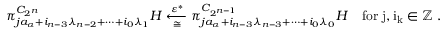
\pi _ { j a _ { \alpha } + i _ { n - 3 } \lambda _ { n - 2 } + \cdots + i _ { 0 } \lambda _ { 1 } } ^ { C _ { 2 ^ { n } } } H \underset { \cong } { \xleftarrow { \varepsilon ^ { * } } } \pi _ { j a _ { \alpha } + i _ { n - 3 } \lambda _ { n - 3 } + \cdots + i _ { 0 } \lambda _ { 0 } } ^ { C _ { 2 ^ { n - 1 } } } H \quad \mathrm { f o r ~ j , i _ k \in \mathbb { Z } ~ } .